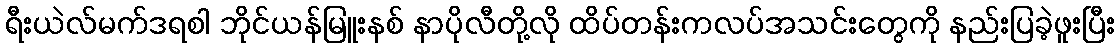
ရီးယဲလ်မက်ဒရစါ ဘိုင်ယန်မြူးနစ် နာပိုလီတို့လို ထိပ်တန်းကလပ်အသင်းတွေကို နည်းပြခဲ့ဖူးပြီး